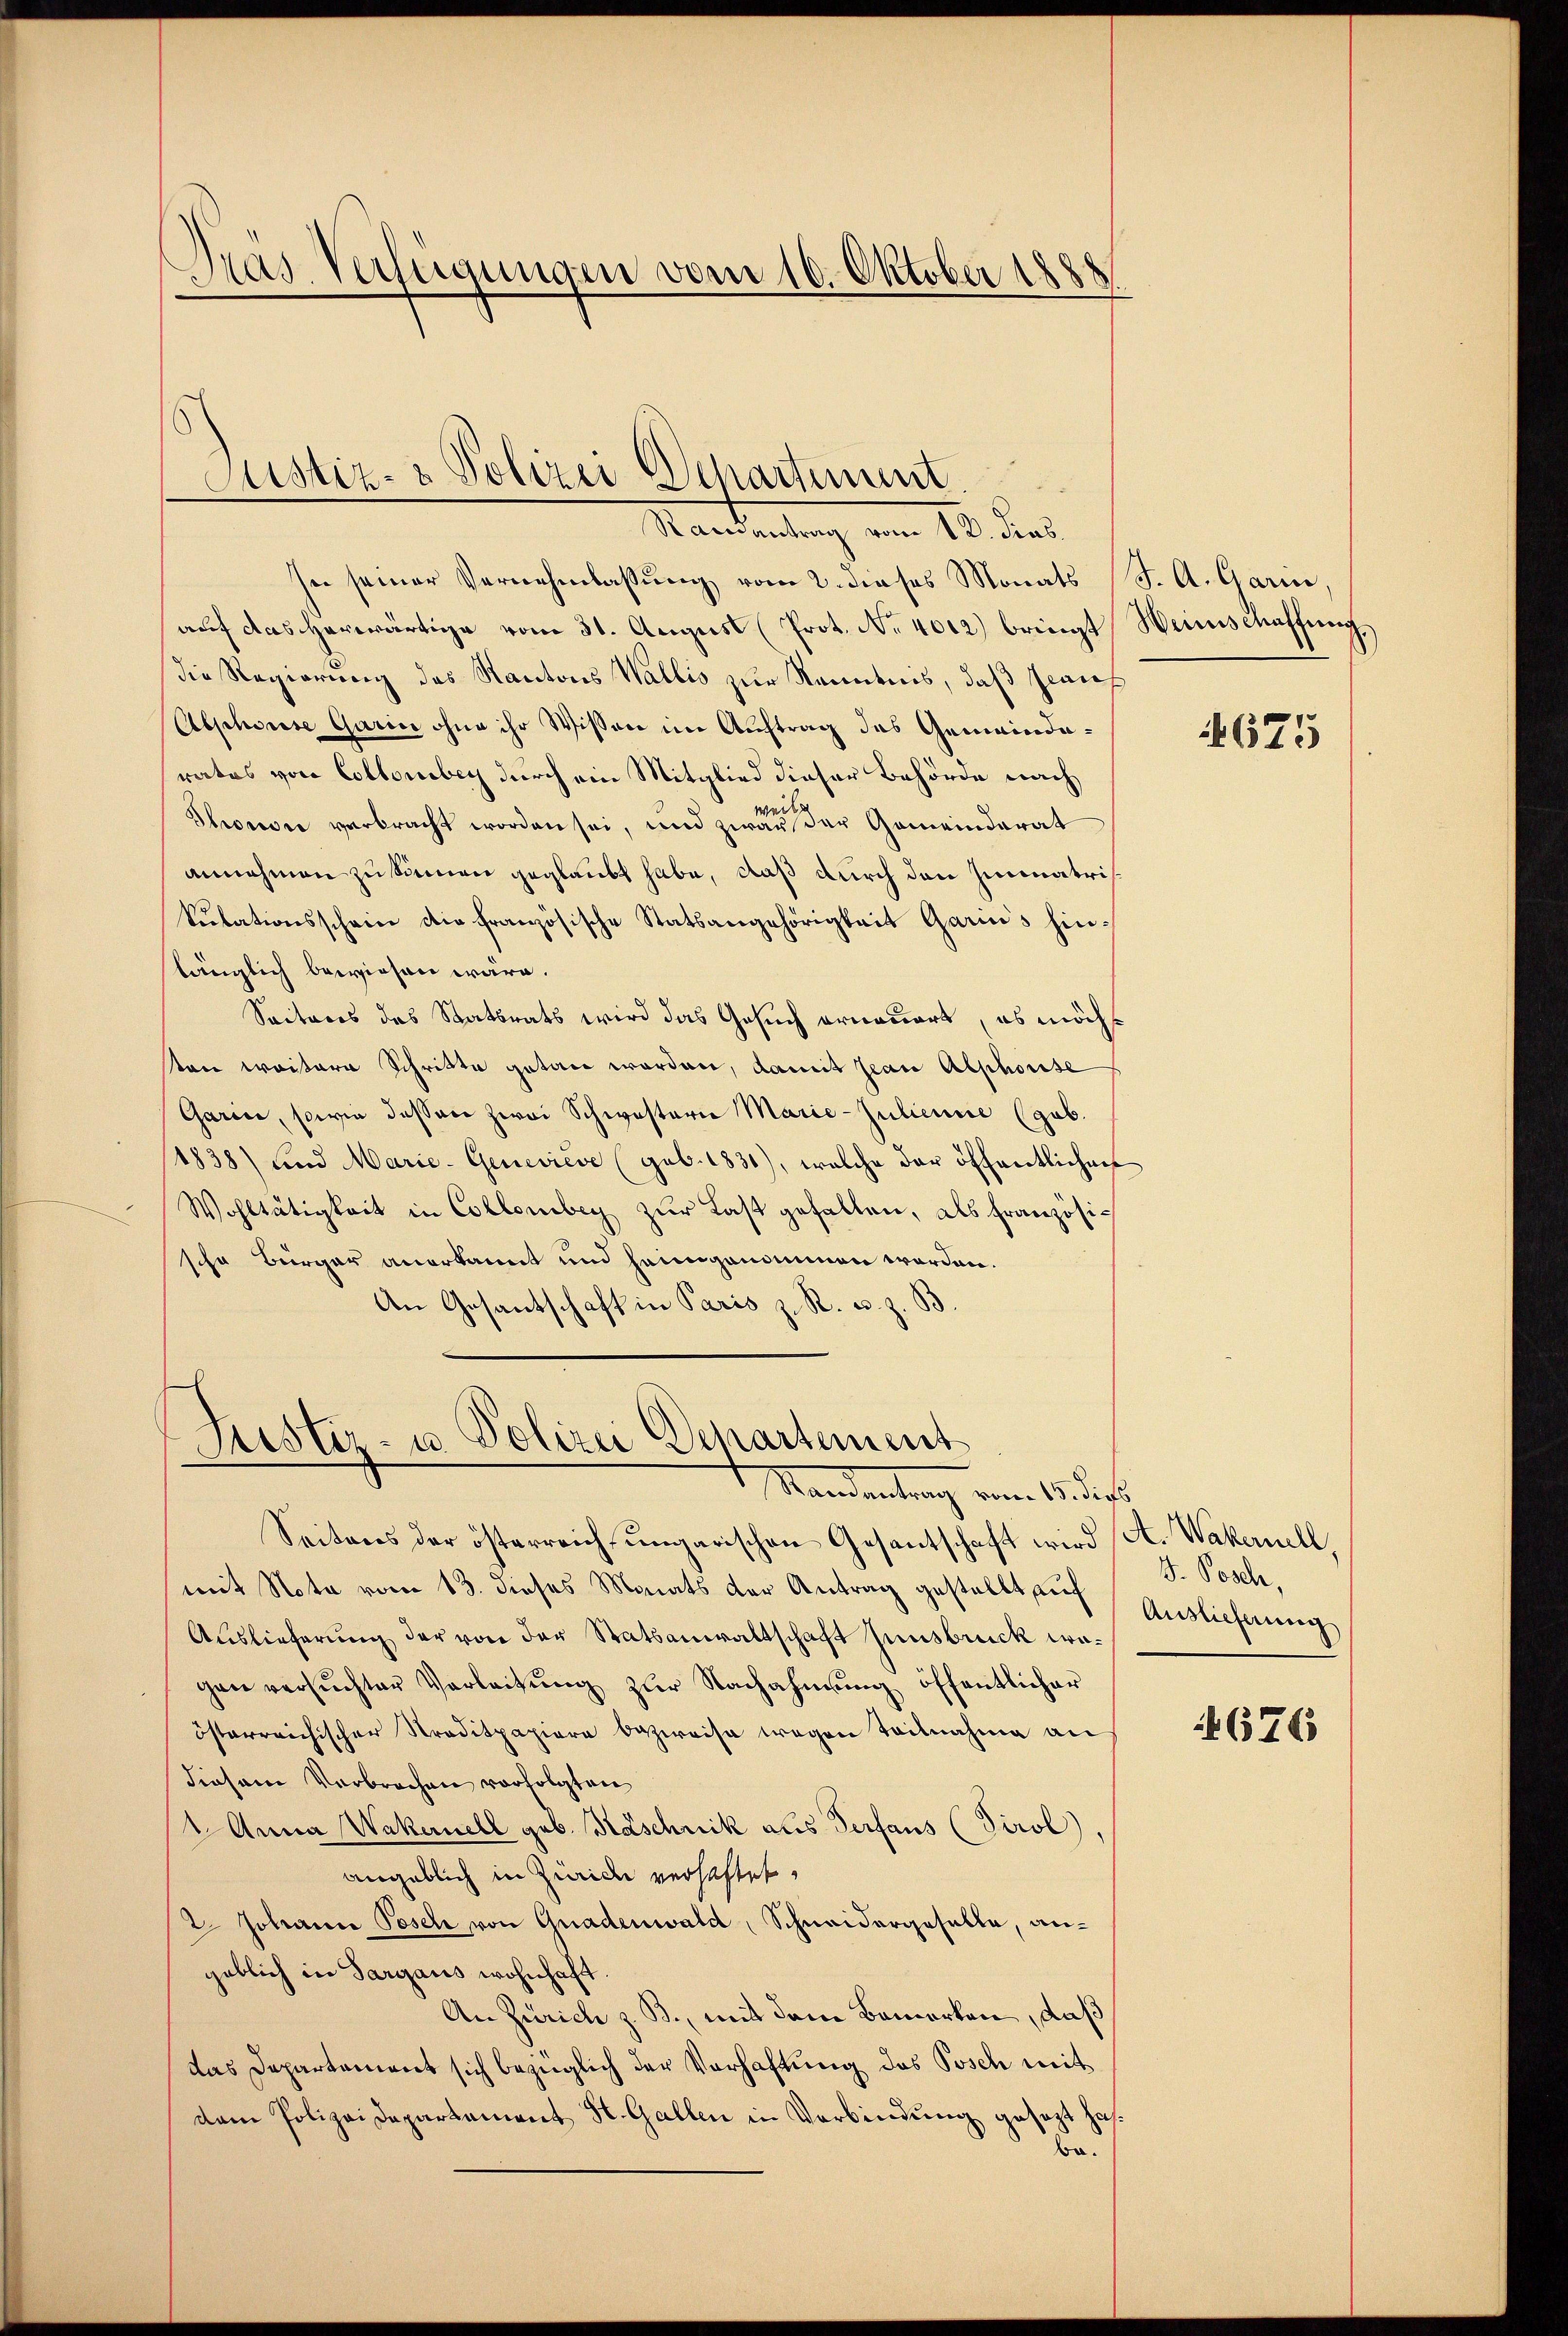
Dras Verfügungen vom 10. Oktober
.

Justiz- & Polizei Departement
Santantung vom 18. Das

se seiner Vernehmlassung vom 2. dieses Monats J. A. Garin,
auf das herwärtige vom 31. August (Prot. No. 4012) bringt Weinschaffung,
die Regierung des Kantons Wallis zur Kenntnis, daß Paus
Abschwiese Garin ohne ihr Wissen im Auftrag des Gemeinderates von Collorbey durch ein Mitglied dieser Behörde nach
Thronon verbracht worden sei, und zwar der Gemeinderat
annehmen zu können geglaubt habe, daß durch den Immatris
Sulationsschein die französische Statsangehörigkeit Garin's hinslänglich bewiesen wäre.
Seiteres des Staatsrats wird das Gesuch ernauert, es möchton weitere Schritte getan worden, damit Jean Alphorise
Garin, sowie dessen zwei Schwesterie Marie-Julienne (geb.
/4838) und Marie-Geneviève (geb. 1831), welche der öffentlichen
Wohltätigkeit in Collombey zur Last gefallen, als französische Bürger anerkannt und heimgenommen worden.
An Gesantschaft in Paris z. R. u. z. B.

Trister- u Polizei Departement
Mandentrag vom 15. dess

Seitens der österreich ungarischen Gesantschaft wird A. Wakernell,
mit Nota vom 13. dieses Monats der Antrag gestellt auf Auslieferung
Auslieferung der von der Statsanwaltschaft Insbruck wagen versŭchter Verleitŭng zŭr Nachahmung öffentlicher
österreichischer Straditpapiere bezweise wegen Teilnahme an
diesem Verbrochen vorfolgten
1 Anna Wakerell geb. Näschnik aus Verfans (Tirol,
angeblich in Zürich verhaftet,
2. Johann Posch von Gnadenwald, Schneidergeselle, angeblich in Sargaus wohnhaft.
An Zürich z. B., mit dem Bemerken, daß
das Departement sich bezüglich der Verhaftung des Posch mit
dem Polizei Departement St. Gallen in Verbindung gesezt hasba.

675

V. Posch,

676